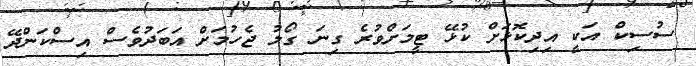
ސުސިކް އަކީ އިދިކޮޅަށް ކުޅޭ ޓީމަށްވުރެ ގިނަ ގޯލު ޖެހުމަށް އަބަދުވެސް އިސްކަންދޭ